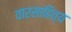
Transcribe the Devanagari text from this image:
वारसाहित्य